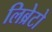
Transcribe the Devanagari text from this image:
लिब्रेटो